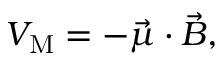
V _ { \mathrm { { M } } } = - { \vec { \mu } } \cdot { \vec { B } } ,